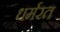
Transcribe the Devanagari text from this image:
धर्मरत